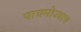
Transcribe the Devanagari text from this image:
पायमोज्याच